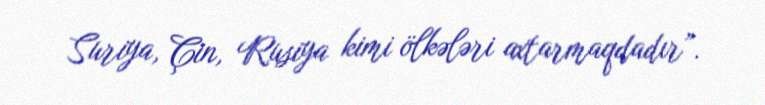
Suriya, Çin, Rusiya kimi ölkələri axtarmaqdadır”.